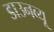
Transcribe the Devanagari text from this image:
डाउनव्यू